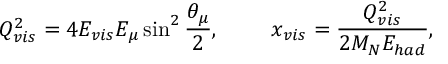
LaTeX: Q _ { v i s } ^ { 2 } = 4 E _ { v i s } E _ { \mu } \sin ^ { 2 } { \frac { \theta _ { \mu } } { 2 } } , ~ ~ ~ ~ ~ ~ ~ x _ { v i s } = { \frac { Q _ { v i s } ^ { 2 } } { 2 M _ { N } E _ { h a d } } } ,